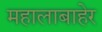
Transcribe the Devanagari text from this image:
महालाबाहेर